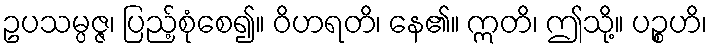
ဥပသမ္ပဇ္ဇ၊ ပြည့်စုံစေ၍။ ဝိဟရတိ၊ နေ၏။ ဣတိ၊ ဤသို့။ ပဉ္စဟိ၊